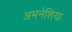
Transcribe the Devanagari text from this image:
अमनेशिया